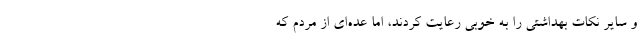
و سایر نکات بهداشتی را به خوبی رعایت کردند، اما عده‌ای از مردم که